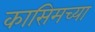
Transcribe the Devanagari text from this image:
कासिमच्या